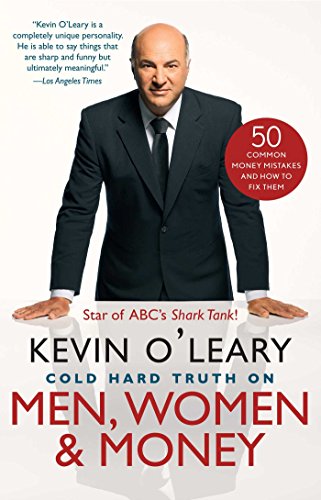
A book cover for Cold Hard Truth On Men, Women, and Money: 50 Common Money Mistakes and How to Fix Them; Kevin O'Leary; Business & Money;